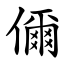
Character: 儞